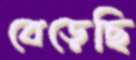
বেড়েছি